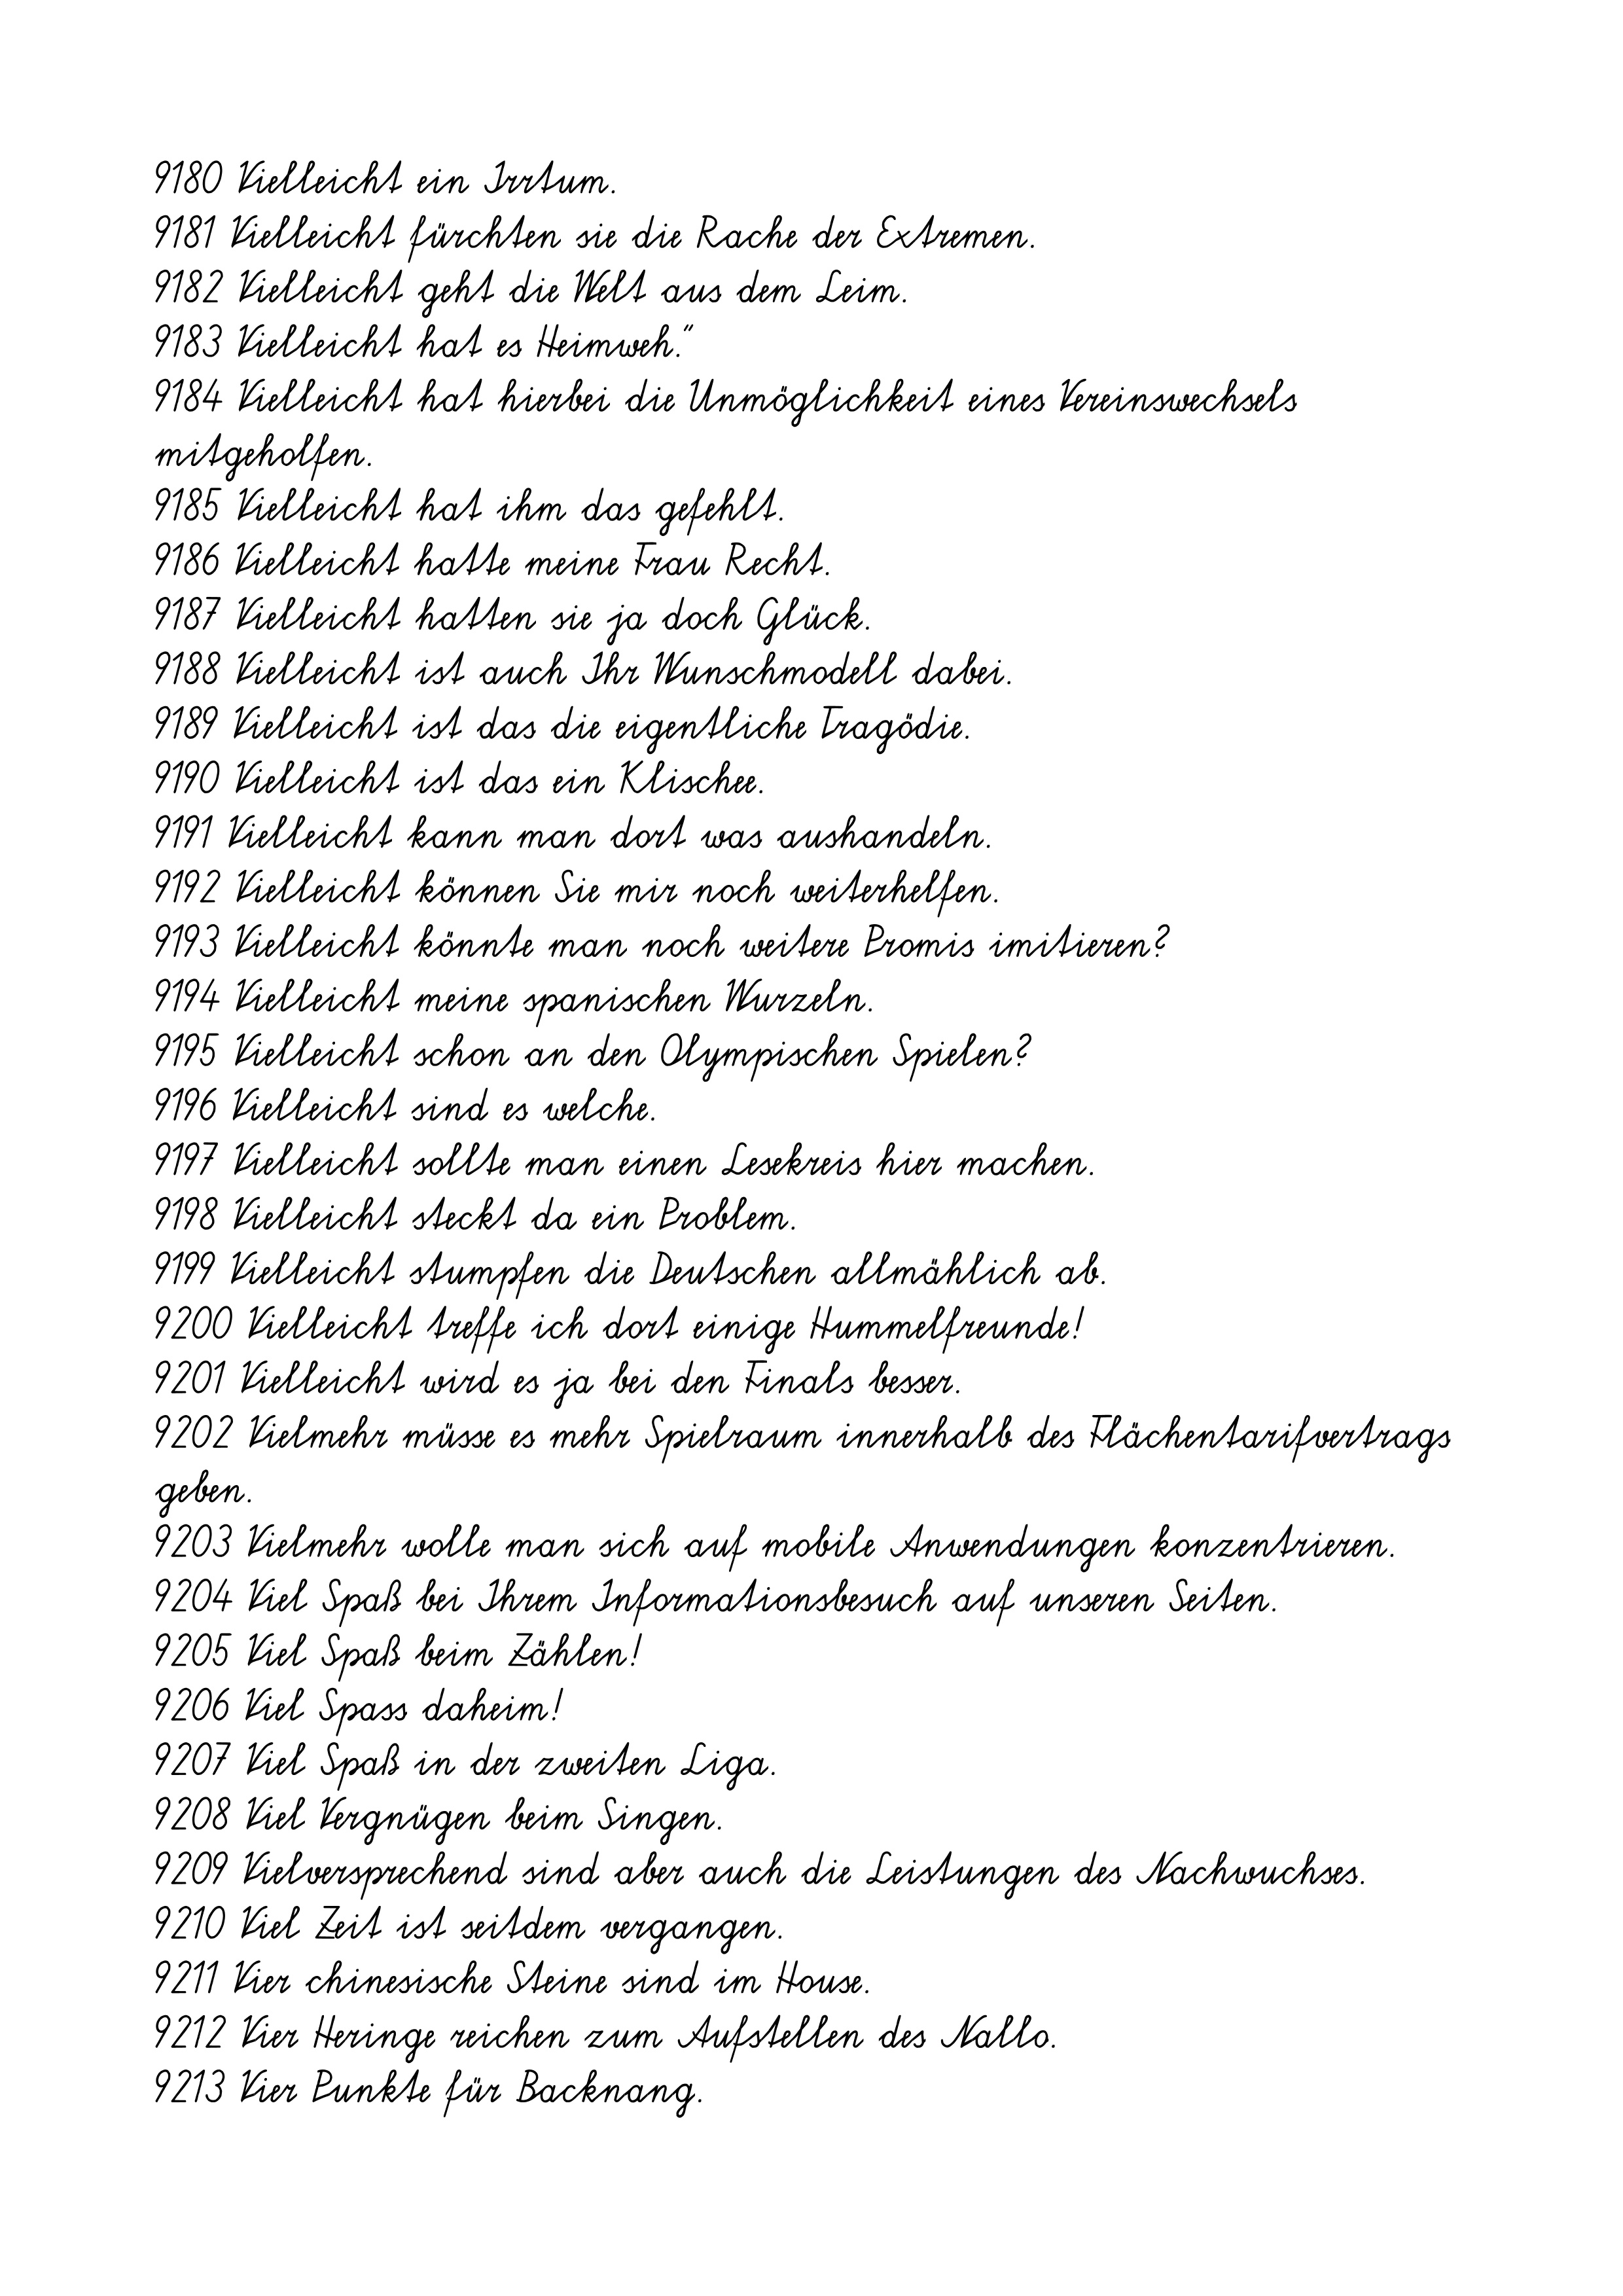
9180 Vielleicht ein Irrtum.
9181 Vielleicht fürchten sie die Rache der Extremen.
9182 Vielleicht geht die Welt aus dem Leim.
9183 Vielleicht hat es Heimweh."
9184 Vielleicht hat hierbei die Unmöglichkeit eines Vereinswechsels
mitgeholfen.
9185 Vielleicht hat ihm das gefehlt.
9186 Vielleicht hatte meine Frau Recht.
9187 Vielleicht hatten sie ja doch Glück.
9188 Vielleicht ist auch Ihr Wunschmodell dabei.
9189 Vielleicht ist das die eigentliche Tragödie.
9190 Vielleicht ist das ein Klischee.
9191 Vielleicht kann man dort was aushandeln.
9192 Vielleicht können Sie mir noch weiterhelfen.
9193 Vielleicht könnte man noch weitere Promis imitieren?
9194 Vielleicht meine spanischen Wurzeln.
9195 Vielleicht schon an den Olympischen Spielen?
9196 Vielleicht sind es welche.
9197 Vielleicht sollte man einen Lesekreis hier machen.
9198 Vielleicht steckt da ein Problem.
9199 Vielleicht stumpfen die Deutschen allmählich ab.
9200 Vielleicht treffe ich dort einige Hummelfreunde!
9201 Vielleicht wird es ja bei den Finals besser.
9202 Vielmehr müsse es mehr Spielraum innerhalb des Flächentarifvertrags
geben.
9203 Vielmehr wolle man sich auf mobile Anwendungen konzentrieren.
9204 Viel Spaß bei Ihrem Informationsbesuch auf unseren Seiten.
9205 Viel Spaß beim Zählen!
9206 Viel Spass daheim!
9207 Viel Spaß in der zweiten Liga.
9208 Viel Vergnügen beim Singen.
9209 Vielversprechend sind aber auch die Leistungen des Nachwuchses.
9210 Viel Zeit ist seitdem vergangen.
9211 Vier chinesische Steine sind im House.
9212 Vier Heringe reichen zum Aufstellen des Nallo.
9213 Vier Punkte für Backnang.